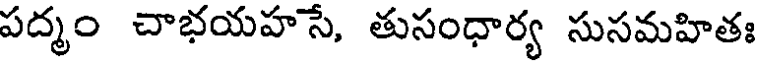
పద్మం చాభయహసే, తుసంధార్య సుసమహితః